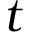
t